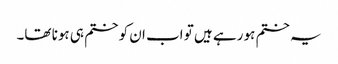
یہ ختم ہو رہے ہیں تو اب ان کو ختم ہی ہونا تھا۔